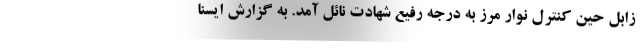
زابل حین کنترل نوار مرز به درجه رفیع شهادت نائل آمد. به گزارش ایسنا